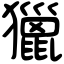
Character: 獵